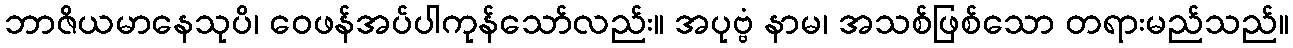
ဘာဇိယမာနေသုပိ၊ ဝေဖန်အပ်ပါကုန်သော်လည်း။ အပုဗ္ဗံ နာမ၊ အသစ်ဖြစ်သော တရားမည်သည်။